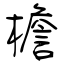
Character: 檐